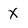
Character: x